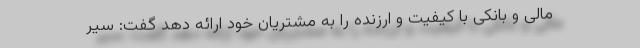
مالی و بانکی با کیفیت و ارزنده را به مشتریان خود ارائه دهد گفت: سیر